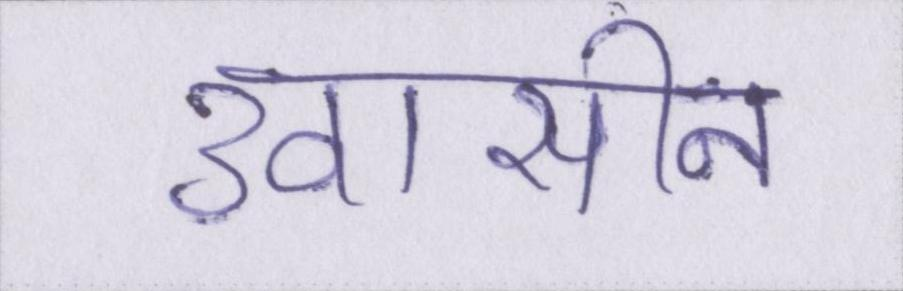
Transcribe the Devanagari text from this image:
उदासीन